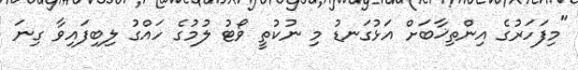
"މިފަހަރުގެ އިންތިޚާބަށް އަޅުގަނޑު މި ނުކުތީ ވޯޓު ލުމުގެ ހައްގު ލިބިފައިވާ ގިނަ